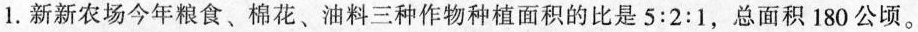
1.新新农场今年粮食、棉花、油料三种作物种植面积的比是5:2:1，总面积180公顷。